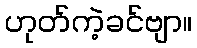
ဟုတ်ကဲ့ခင်ဗျာ။